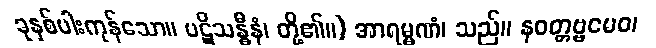
ခုနှစ်ပါးကုန်သော။ ပဋိသန္ဓီနံ၊ တို့၏။) အာရမ္မဏံ၊ သည်။ နဝတ္တဗ္ဗမေဝ၊